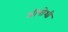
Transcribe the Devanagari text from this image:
श्रीपोशी